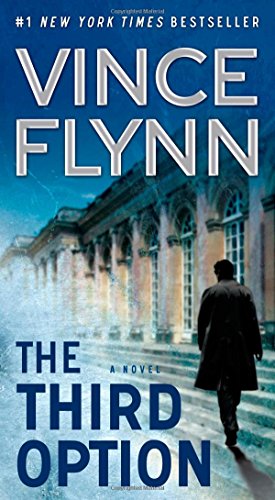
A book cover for The Third Option (The Mitch Rapp Series); Vince Flynn; Mystery, Thriller & Suspense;